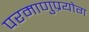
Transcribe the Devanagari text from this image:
परमाणुप्रयोग